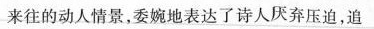
来往的动人情景，委婉地表达了诗人厌弃压迫，追